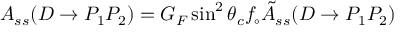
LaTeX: A _ { s s } ( D \rightarrow P _ { 1 } P _ { 2 } ) = G _ { F } \sin ^ { 2 } \theta _ { c } f _ { \circ } \tilde { A } _ { s s } ( D \rightarrow P _ { 1 } P _ { 2 } )